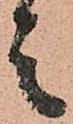
之